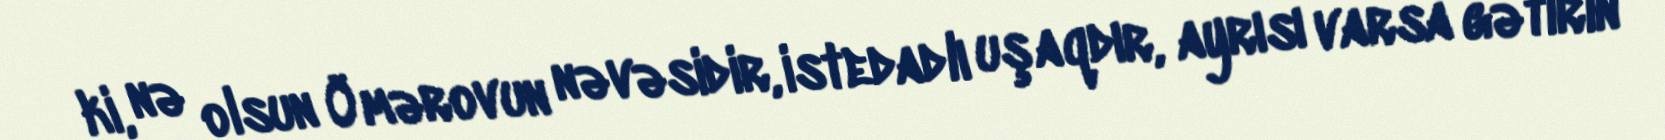
ki, nə olsun Ömərovun nəvəsidir, istedadlı uşaqdır, ayrısı varsa gətirin